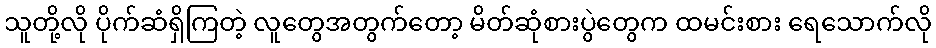
သူတို့လို ပိုက်ဆံရှိကြတဲ့ လူတွေအတွက်တော့ မိတ်ဆုံစားပွဲတွေက ထမင်းစား ရေသောက်လို